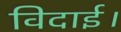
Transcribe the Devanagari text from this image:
विदाई।